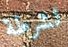
لشرطة